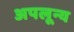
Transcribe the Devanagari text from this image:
अपलून्य